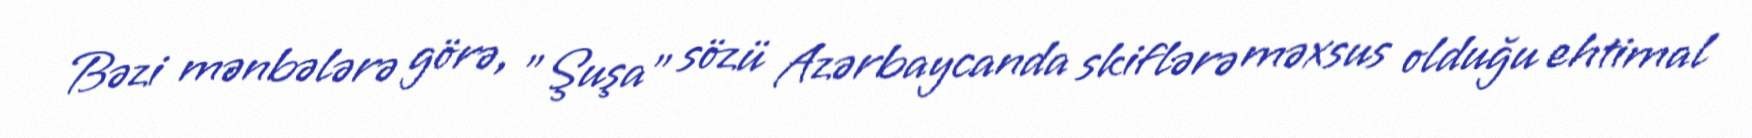
Bəzi mənbələrə görə, "Şuşa" sözü Azərbaycanda skiflərə məxsus olduğu ehtimal